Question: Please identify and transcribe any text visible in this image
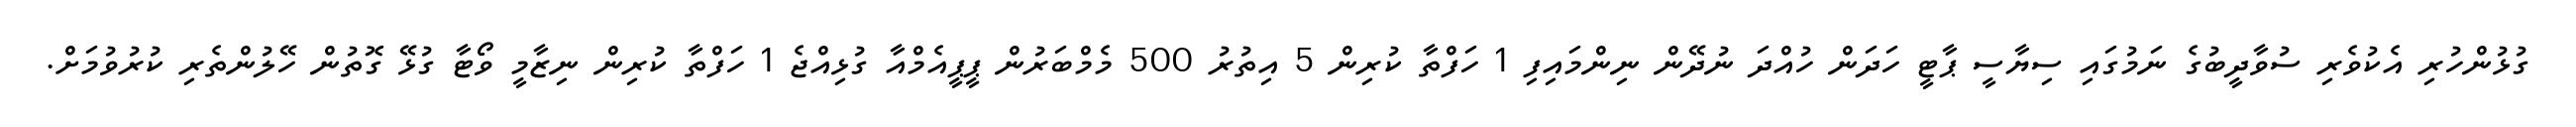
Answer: ގުޅުންހުރި އެކުވެރި ސުވާދީބުގެ ނަމުގައި ސިޔާސީ ޕާޓީ ހަދަން ހުއްދަ ނުދޭން ނިންމައިފި 1 ހަފްތާ ކުރިން 5 އިތުރު 500 މެމްބަރުން ޕީޕީއެމްއާ ގުޅިއްޖެ 1 ހަފްތާ ކުރިން ނިޒާމީ ވޯޓާ ގުޅޭ ގޮތުން ހޭލުންތެރި ކުރުވުމަށް.